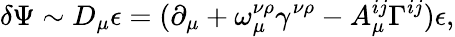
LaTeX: \delta\Psi\sim D_{\mu}\epsilon=(\partial_{\mu}+\omega_{\mu}^{\nu\rho}\gamma^{\nu\rho}-A_{\mu}^{ij}\Gamma^{ij})\epsilon,